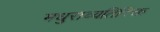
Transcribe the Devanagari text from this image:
मधुराव्यतिरिक्त